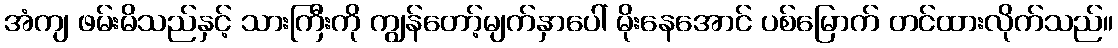
အံကျ ဖမ်းမိသည်နှင့် သားကြီးကို ကျွန်တော့်မျက်နှာပေါ် မိုးနေအောင် ပစ်မြောက် တင်ထားလိုက်သည်။